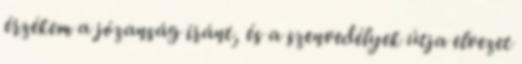
érzékem a józanság iránt, és a szenvedélyek útja elvezet